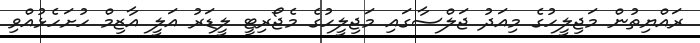
ރައްޔިތުން މަޖިލީހުގެ މިއަދު ޖަލްސާގައި މަޖިލީހުގެ މެޖޯރިޓީ ލީޑަރު އަލީ އާޒިމް ހުށަހެޅުއްވި